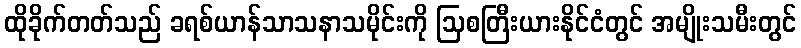
ထိုခိုက်တတ်သည် ခရစ်ယာန်သာသနာသမိုင်းကို ဩစတြီးယားနိုင်ငံတွင် အမျိုးသမီးတွင်